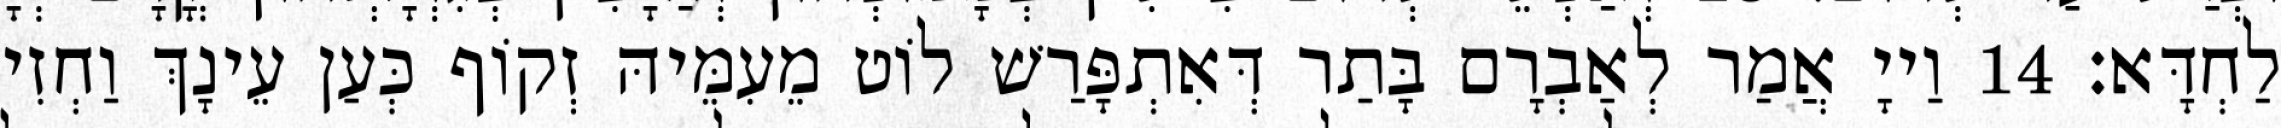
לַחְדָּא׃ 14 וַייָ אֲמַר לְאַבְרָם בָּתַר דְּאִתְפָּרַשׁ לוֹט מֵעִמֵּיהּ זְקוֹף כְּעַן עֵינָךְ וַחְזִי